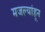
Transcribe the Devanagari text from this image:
मजल्यांहून